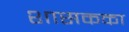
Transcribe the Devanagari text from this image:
शासकका